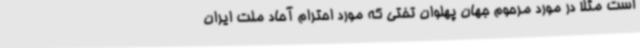
است مثلا در مورد مرحوم جهان پهلوان تختی که مورد احترام آحاد ملت ایران